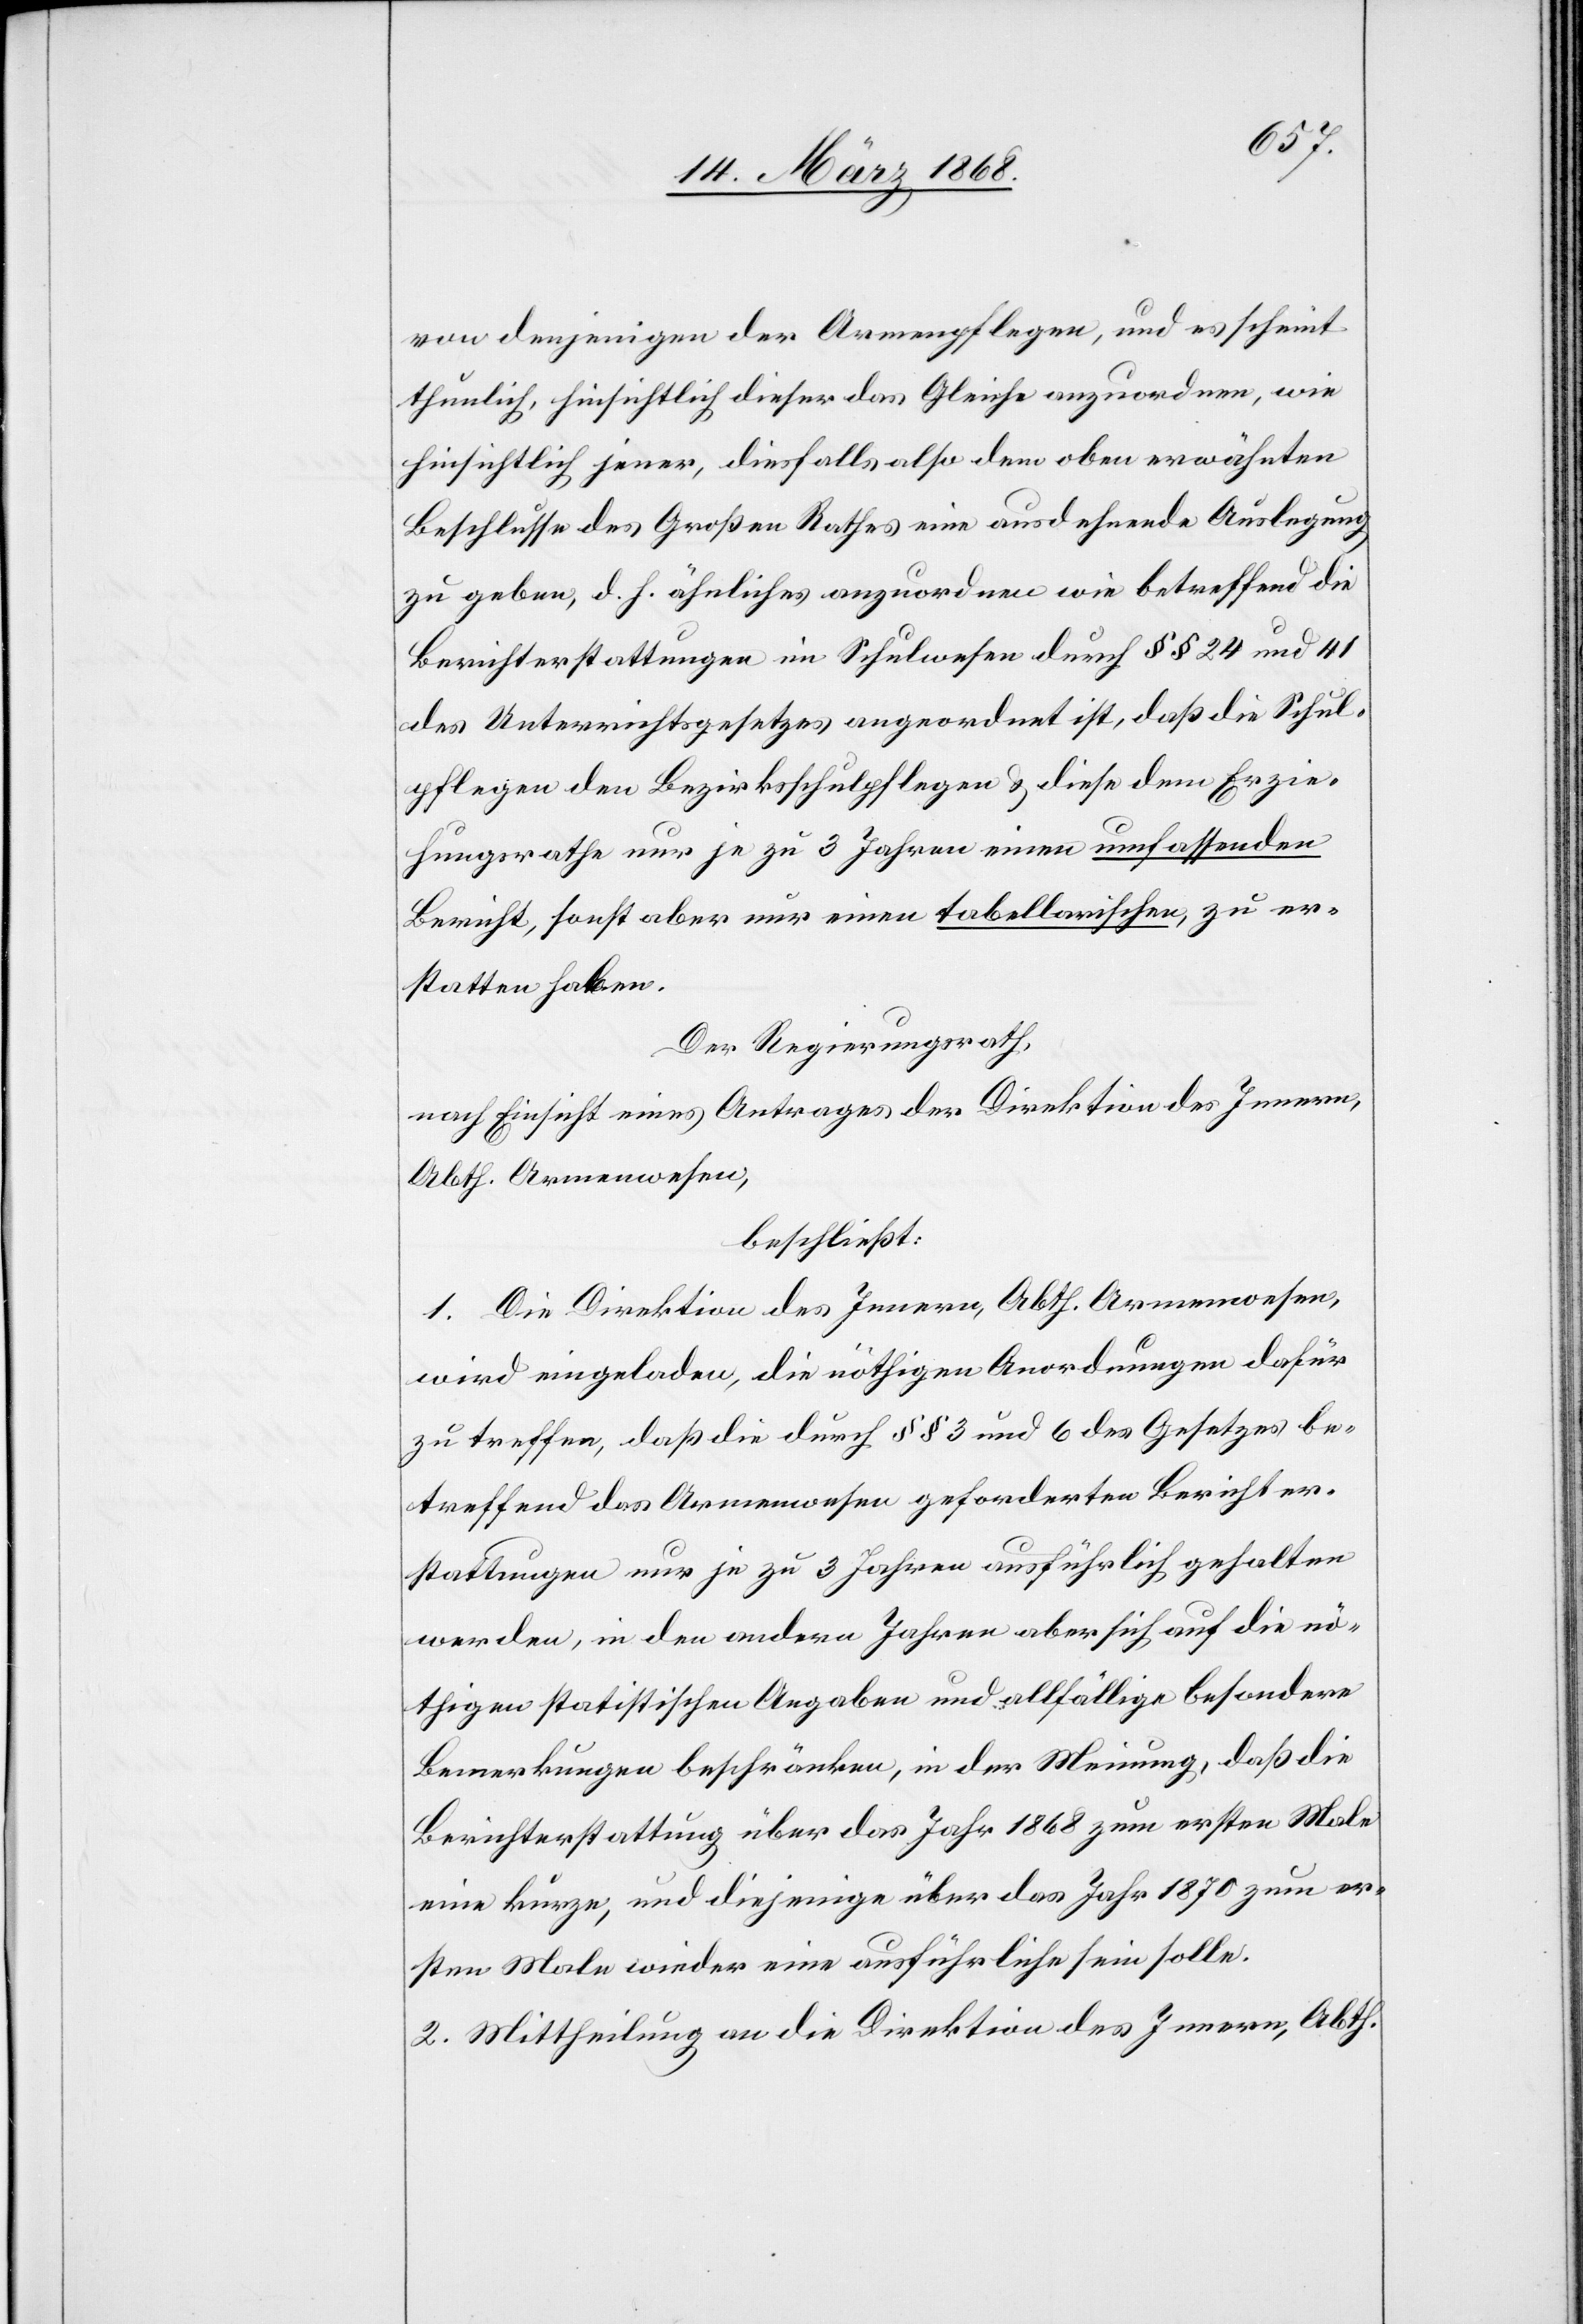
von denjenigen der Armenpflegen, und es scheint
thunlich, hinsichtlich dieser das Gleiche anzuordnen, wie
hinsichtlich jener, diesfalls also dem oben erwähnten
Beschlusse des Großen Rathes eine ausdehnende Auslegung
zu geben, d. h. ähnliches anzuordnen wie betreffend die
Berichterstattungen im Schulwesen durch §§ 24 und 41
des Unterrichtsgesetzes angeordnet ist, daß die Schul¬
pflegen den Bezirksschulpflegen & diese dem Erzie¬
hungsrathe nur je zu 3 Jahren einen umfassenden
Bericht, sonst aber nur einen tabellarischen, zu er¬
statten haben.
Der Regierungsrath,
nach Einsicht eines Antrages der Direktion des Innern,
Abth. Armenwesen,
beschließt:
1. Die Direktion des Innern, Abth. Armenwesen,
wird eingeladen, die nöthigen Anordnungen dafür
zu treffen, daß die durch §§ 3 und 6 des Gesetzes be¬
treffend das Armenwesen geforderten Berichter¬
stattungen nur je zu 3 Jahren ausführlich gehalten
werden, in den andern Jahren aber sich auf die nö¬
thigen statistischen Angaben und allfällige besondere
Bemerkungen beschränken, in der Meinung, daß die
Berichterstattung über das Jahr 1868 zum ersten Male
eine kurze, und diejenige über das Jahr 1870 zum er¬
sten Male wieder eine ausführliche sein solle.
2. Mittheilung an die Direktion des Innern, Abth.